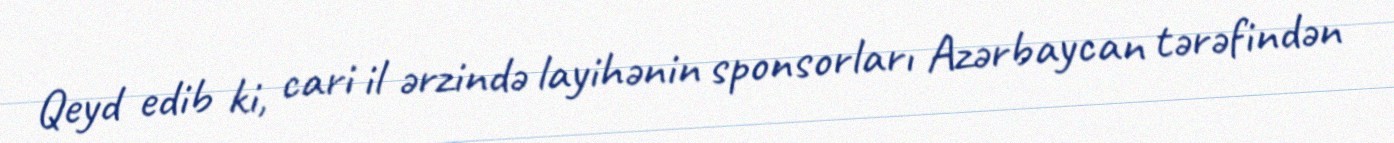
Qeyd edib ki, cari il ərzində layihənin sponsorları Azərbaycan tərəfindən